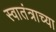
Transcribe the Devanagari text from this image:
स्वातंत्राच्या